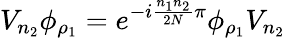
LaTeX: V_{n_{2}}\phi_{\rho_{1}}=e^{-i\frac{n_{1}n_{2}}{2N}\pi}\phi_{\rho_{1}}V_{n_{2}}